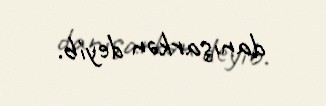
danışarkən deyib.